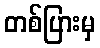
တစ်ပြားမှ